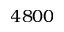
4 8 0 0